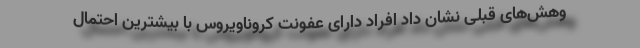
وهش‌های قبلی نشان داد افراد دارای عفونت کروناویروس با بیشترین احتمال